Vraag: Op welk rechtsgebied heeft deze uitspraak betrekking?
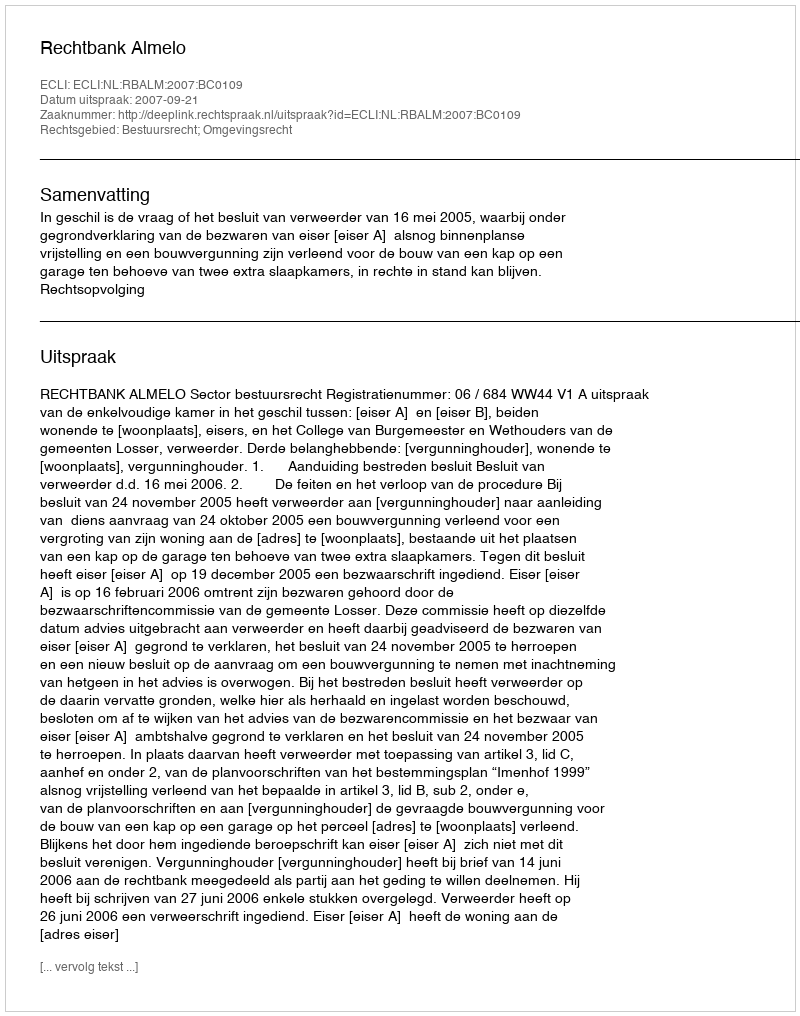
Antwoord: Bestuursrecht; Omgevingsrecht